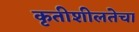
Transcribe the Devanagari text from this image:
कृतीशीलतेचा